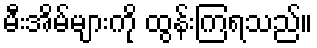
မီးအိမ်များကို ထွန်းကြရသည်။